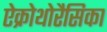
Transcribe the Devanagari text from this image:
ऐक्रोथोरैसिका